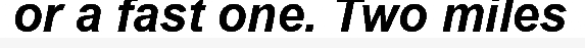
or a fast one. Two miles